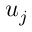
u _ { j }